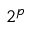
2 ^ { p }